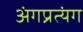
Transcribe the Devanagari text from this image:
अंगप्रत्यंग